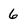
Character: 6